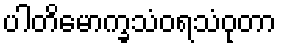
ပါတိမောက္ခသံဝရသံဝုတာ